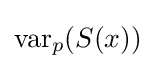
\operatorname {var} _{p}(S(x))